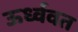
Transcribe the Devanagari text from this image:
ऊर्ध्ववत